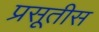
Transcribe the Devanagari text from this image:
प्रसूतीस